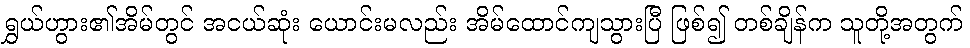
ရွှယ်ဟွား၏အိမ်တွင် အငယ်ဆုံး ယောင်းမလည်း အိမ်ထောင်ကျသွားပြီ ဖြစ်၍ တစ်ချိန်က သူတို့အတွက်